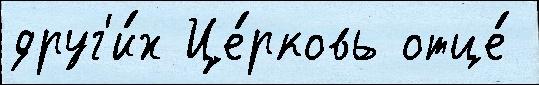
друг'и́х Це́рковь отце́